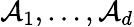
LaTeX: \mathcal{A}_{1},\ldots,\mathcal{A}_{d}